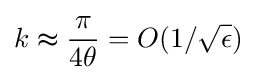
k\thickapprox {\frac {\pi }{4\theta }}=O(1/{\sqrt {\epsilon }})